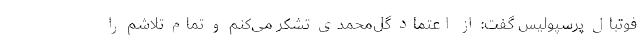
فوتبال پرسپولیس گفت: از اعتماد گل‌محمدی تشکر می‌کنم و تمام تلاشم را